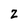
Character: Z